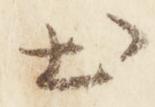
出